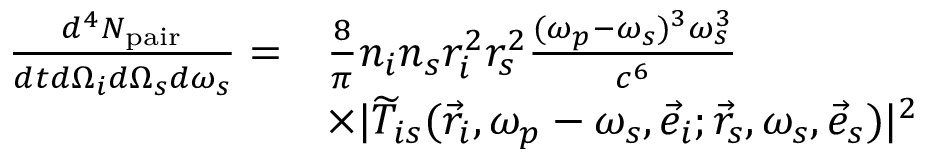
\begin{array} { r l } { \frac { d ^ { 4 } N _ { \mathrm { p a i r } } } { d t d \Omega _ { i } d \Omega _ { s } d \omega _ { s } } = } & { \frac { 8 } { \pi } n _ { i } n _ { s } r _ { i } ^ { 2 } r _ { s } ^ { 2 } \frac { ( \omega _ { p } - \omega _ { s } ) ^ { 3 } \omega _ { s } ^ { 3 } } { c ^ { 6 } } } \\ & { \times \lvert \widetilde { T } _ { i s } ( \vec { r } _ { i } , \omega _ { p } - \omega _ { s } , \vec { e } _ { i } ; \vec { r } _ { s } , \omega _ { s } , \vec { e } _ { s } ) \rvert ^ { 2 } } \end{array}